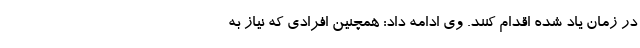
در زمان یاد شده اقدام کنند. وی ادامه داد: همچنین افرادی که نیاز به